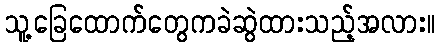
သူ့ခြေထောက်တွေကခဲဆွဲထားသည့်အလား။